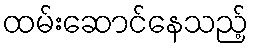
ထမ်းဆောင်နေသည့်